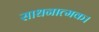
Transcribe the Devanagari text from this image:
साधनात्मक।